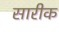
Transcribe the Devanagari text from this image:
सारीक